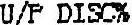
U/P DISC%